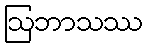
ဩဘာသဿ